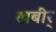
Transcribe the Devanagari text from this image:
खबीर्